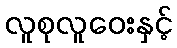
လူစုလူဝေးနှင့်